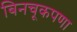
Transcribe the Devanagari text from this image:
बिनचूकपणा